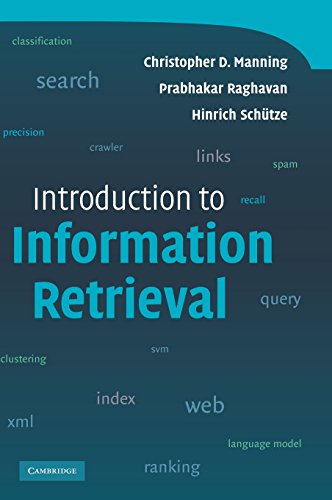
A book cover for Introduction to Information Retrieval; Christopher D. Manning; Computers & Technology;